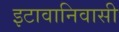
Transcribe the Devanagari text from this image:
इटावानिवासी